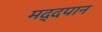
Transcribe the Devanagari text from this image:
मद्दपान